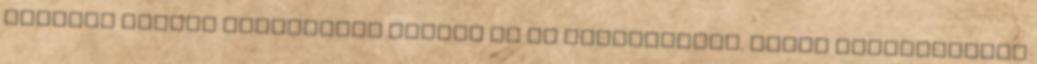
Központ fiatal önkéntesei vették át az adományokat. Külön választották